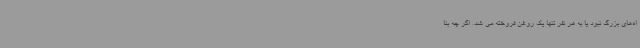
اه‌های بزرگ نبود یا به هر نفر تنها یک روغن فروخته می شد. اگر چه بنا